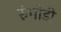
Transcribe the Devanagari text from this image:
रुंभोडी